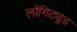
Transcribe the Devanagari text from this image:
लोंगिट्यूड